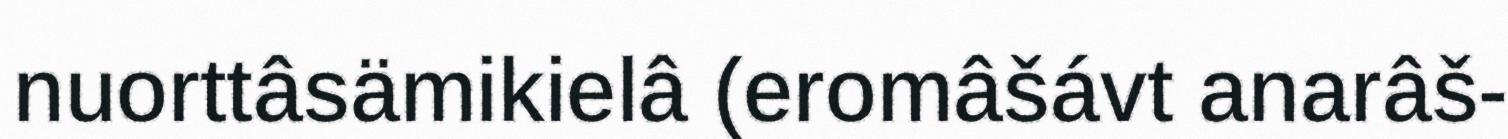
nuorttâsämikielâ (eromâšávt anarâš-